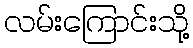
လမ်းကြောင်းသို့